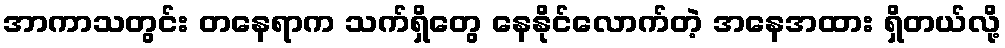
အာကာသတွင်း တနေရာက သက်ရှိတွေ နေနိုင်လောက်တဲ့ အနေအထား ရှိတယ်လို့